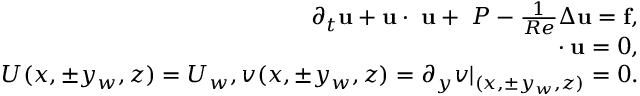
\begin{array} { r } { \partial _ { t } \mathbf { u } + \mathbf { u } \cdot \mathbf { \nabla } \mathbf { u } + \mathbf { \nabla } P - \frac { 1 } { R e } \Delta \mathbf { u } = \mathbf { f } , } \\ { \mathbf { \nabla } \cdot \mathbf { u } = 0 , } \\ { U ( x , \pm y _ { w } , z ) = U _ { w } , v ( x , \pm y _ { w } , z ) = \partial _ { y } v | _ { ( x , \pm y _ { w } , z ) } = 0 . } \end{array}